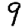
Digit: 9